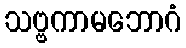
သဗ္ဗကာမဘောဂံ